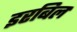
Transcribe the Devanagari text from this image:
इरबिल